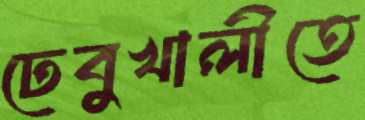
ঢেবুখালীতে